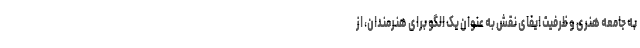
به جامعه هنری و ظرفیت ایفای نقش به عنوان یک الگو برای هنرمندان، از